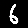
Digit: 6